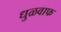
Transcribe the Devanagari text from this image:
धुळवाफ